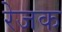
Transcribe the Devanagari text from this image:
रेजक